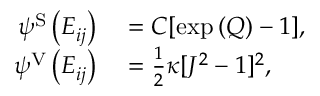
\begin{array} { r l } { \psi ^ { \mathrm { { S } } } \left( E _ { i j } ^ { \phantom { } } \right) } & { { } = C [ \mathrm { e x p } \left( Q \right) - 1 ] , } \\ { \psi ^ { \mathrm { { V } } } \left( E _ { i j } ^ { \phantom { } } \right) } & { { } = \frac { 1 } { 2 } \kappa [ J ^ { 2 } - 1 ] ^ { 2 } , } \end{array}